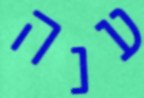
ענה